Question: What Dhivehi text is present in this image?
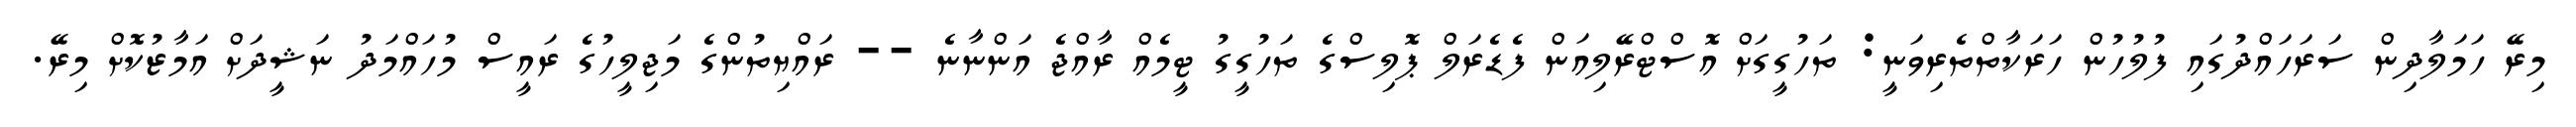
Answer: މިރޭ ހަމަލާދިން ސަރަހައްދުގައި ފުލުހުން ހަރަކާތްތެރިވަނީ: ތަހުގީގަށް އޮސްޓްރޭލިއަން ފެޑެރަލް ޕޮލިސްގެ ތަހުގީގު ޓީމެއް ރާއްޖެ އަންނާނެ -- ރައްޔިތުންގެ މަޖިލީހުގެ ރައީސް މުހައްމަދު ނަޝީދަށް އަމާޒުކޮށް މިރޭ.